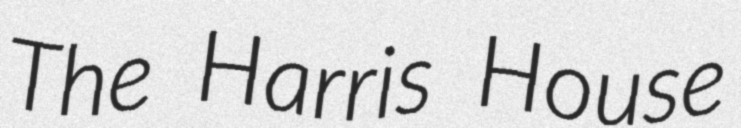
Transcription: The Harris House